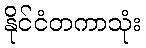
နိုင်ငံတကာသုံး